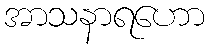
အာသနာရဟော